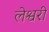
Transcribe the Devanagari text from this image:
लेश्वरी